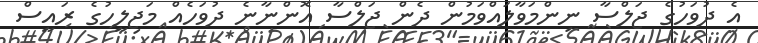
އެ ދުވަހުގެ ޖަލްސާ ނިންމަވާލައްވަމުން ދެން ޖަލްސާ އޮންނާނެ ދުވަހެއް މަޖިލީހުގެ ރައީސް